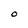
Character: O